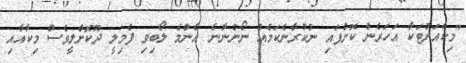
"މިކާއަށްޓަކާ އަހަރެން ކޮށްފައި ނުކުރާނެކަމެއް ނޯންނާނެ. އެންމެ ލޯބިވި ފެމިލީ ދޫކޮށްލީވެސް މިކާއާއި